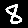
Digit: 8